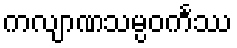
ကလျာဏသမ္ပဝင်္ကဿ